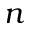
n